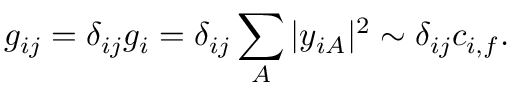
g _ { i j } = \delta _ { i j } g _ { i } = \delta _ { i j } \sum _ { A } | y _ { i A } | ^ { 2 } \sim \delta _ { i j } c _ { i , f } .